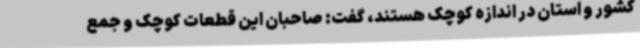
کشور و استان در اندازه کوچک هستند، گفت: صاحبان این قطعات کوچک و جمع